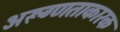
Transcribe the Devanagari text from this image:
अरूग्णताकारक